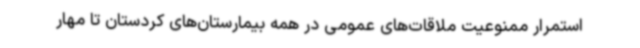
استمرار ممنوعیت ملاقات‌های عمومی در همه بیمارستان‌های کردستان تا مهار